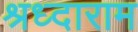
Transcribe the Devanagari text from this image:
श्रध्दाराम